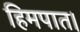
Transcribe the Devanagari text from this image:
हिमपात।